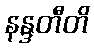
နန္ဒတီတိ